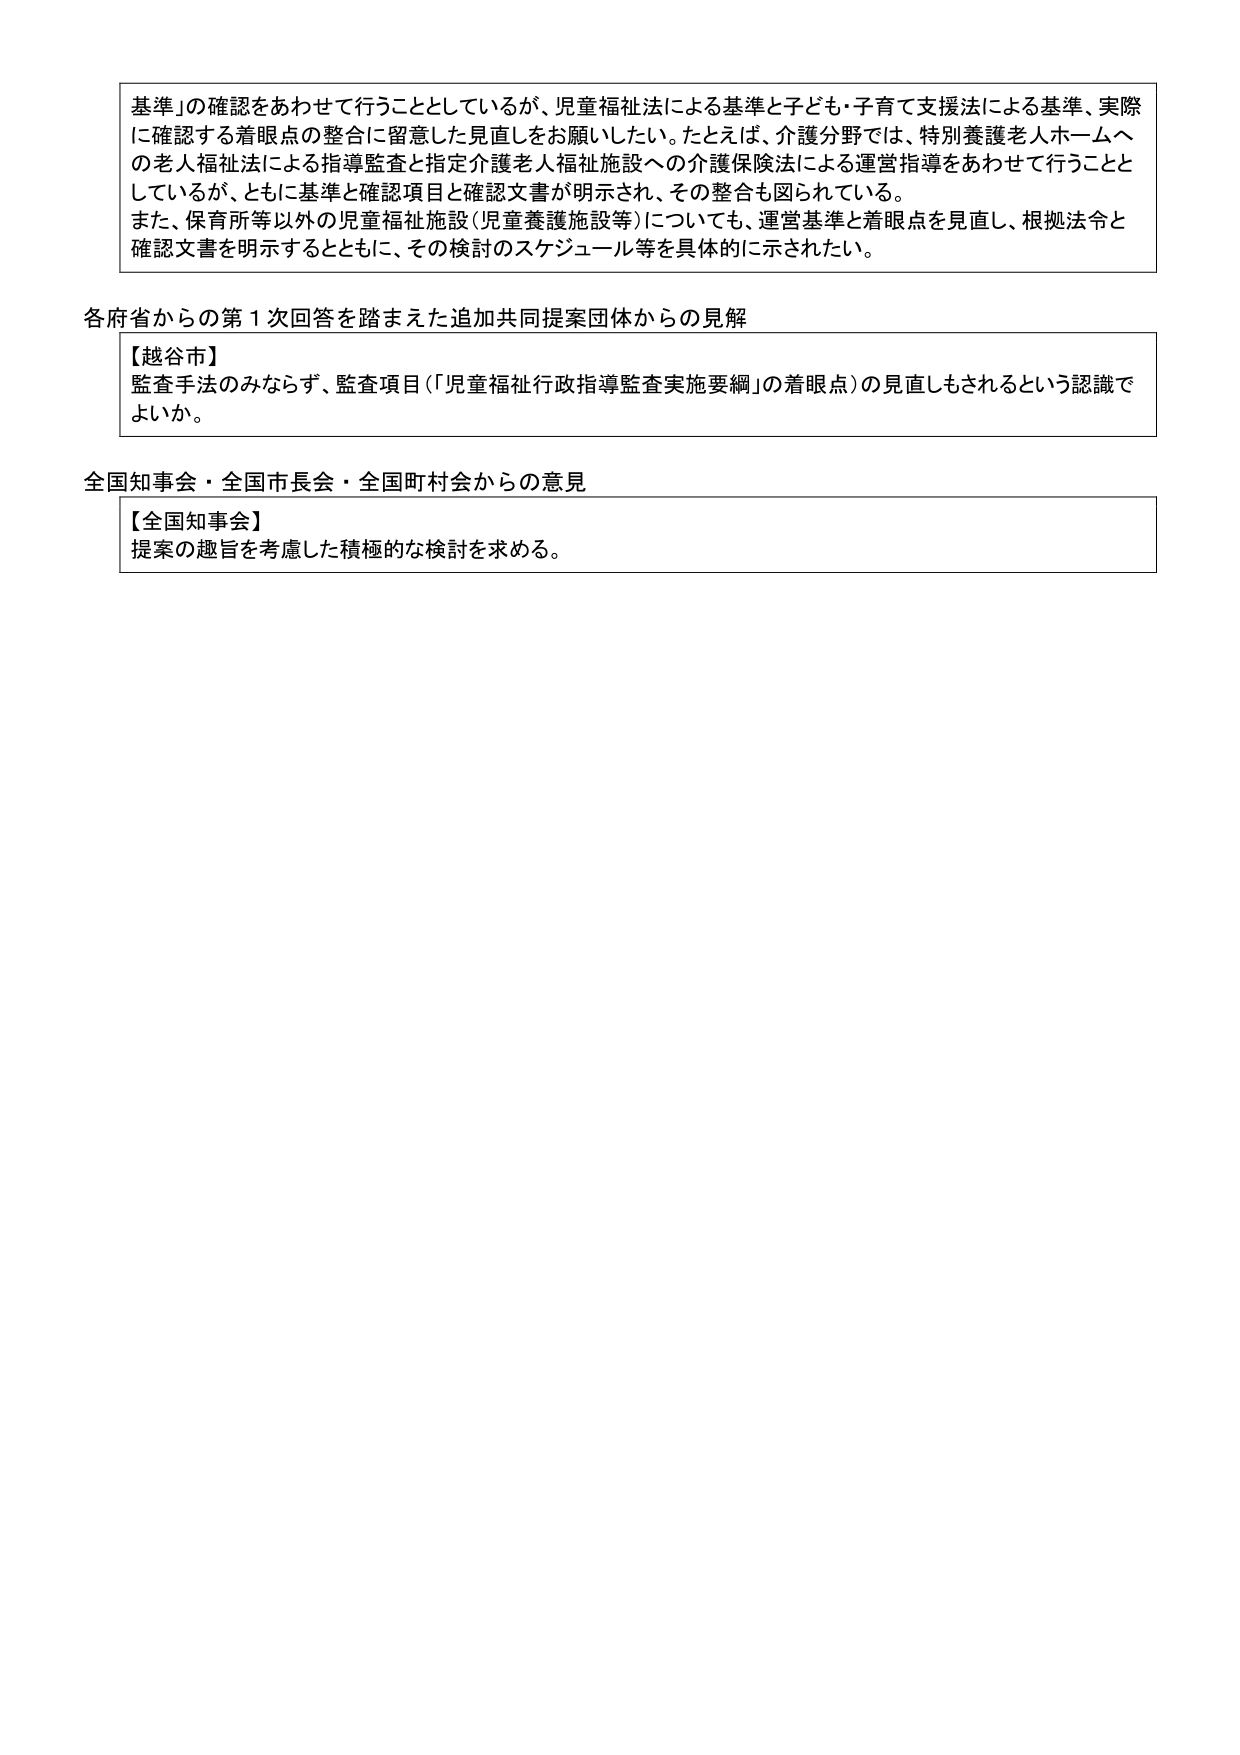
基準」の確認をあわせて行うこととしているが、児童福祉法による基準と子ども・子育て支援法による基準、実際に確認する着眼点の整合に留意した見直しをお願いしたい。たとえば、介護分野では、特別養護老人ホームへの老人福祉法による指導監査と指定介護老人福祉施設への介護保険法による運営指導をあわせて行うこととしているが、ともに基準と確認項目と確認文書が明示され、その整合も図られている。また、保育所等以外の児童福祉施設（児童養護施設等）についても、運営基準と着眼点を見直し、根拠法令と確認文書を明示するとともに、その検討のスケジュール等を具体的に示されたい。

各府省からの第１次回答を踏まえた追加共同提案団体からの見解
【越谷市】
監査手法のみならず、監査項目（「児童福祉行政指導監査実施要綱」の着眼点）の見直しもされるという認識でよいか。

全国知事会・全国市長会・全国町村会からの意見
【全国知事会】
提案の趣旨を考慮した積極的な検討を求める。